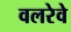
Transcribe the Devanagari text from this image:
वलरेवे